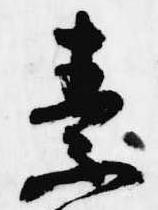
素